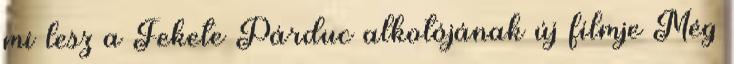
mi lesz a Fekete Párduc alkotójának új filmje Még